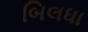
બિલધા